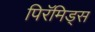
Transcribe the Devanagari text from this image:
पिरॅमिड्स